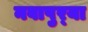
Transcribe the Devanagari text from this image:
नवापुर्‍या